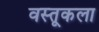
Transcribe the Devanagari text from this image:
वस्तूकला